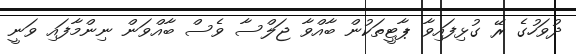
ދުވަހުގެ ރޭ ގުޅިފައިވާ ޕާޓީތަކުން ބާއްވާ ޖަލްސާ ވެސް ބާއްވަން ނިންމާފައި ވަނީ